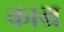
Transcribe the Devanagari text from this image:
काम्र